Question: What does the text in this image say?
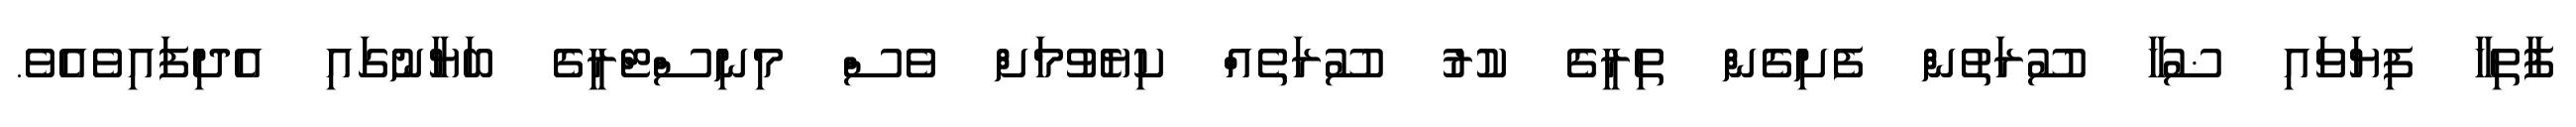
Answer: ފާތިހާ ފިޔަވައި ޟުހާ ސޫރަތުން ފެށިގެން ތިރީގެ ކުރު ސޫރަތެއް ކިޔެވުމަށް ވެސް މިނިސްޓްރީގެ ބަޔާނުގައި އެދިފައިވެއެވެ.